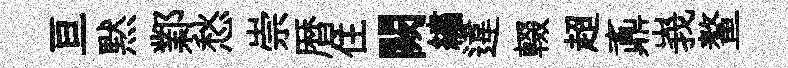
亘黙鄴愁崇暦住闕繡違輟超鼒峩鳌